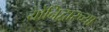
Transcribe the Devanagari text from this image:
योनिद्वारच्या